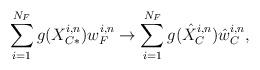
LaTeX: \begin{align*}\sum^{N_F}_{i=1}g(X_{C*}^{i,n})w_{F}^{i,n} \to \sum^{N_F}_{i=1}g(\hat{X}_{C}^{i,n})\hat{w}_{C}^{i,n} ,\end{align*}